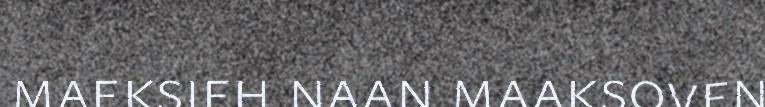
maeksieh naan maaksoven